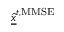
\underline { { \hat { x } } } ^ { t , \mathrm { M M S E } }